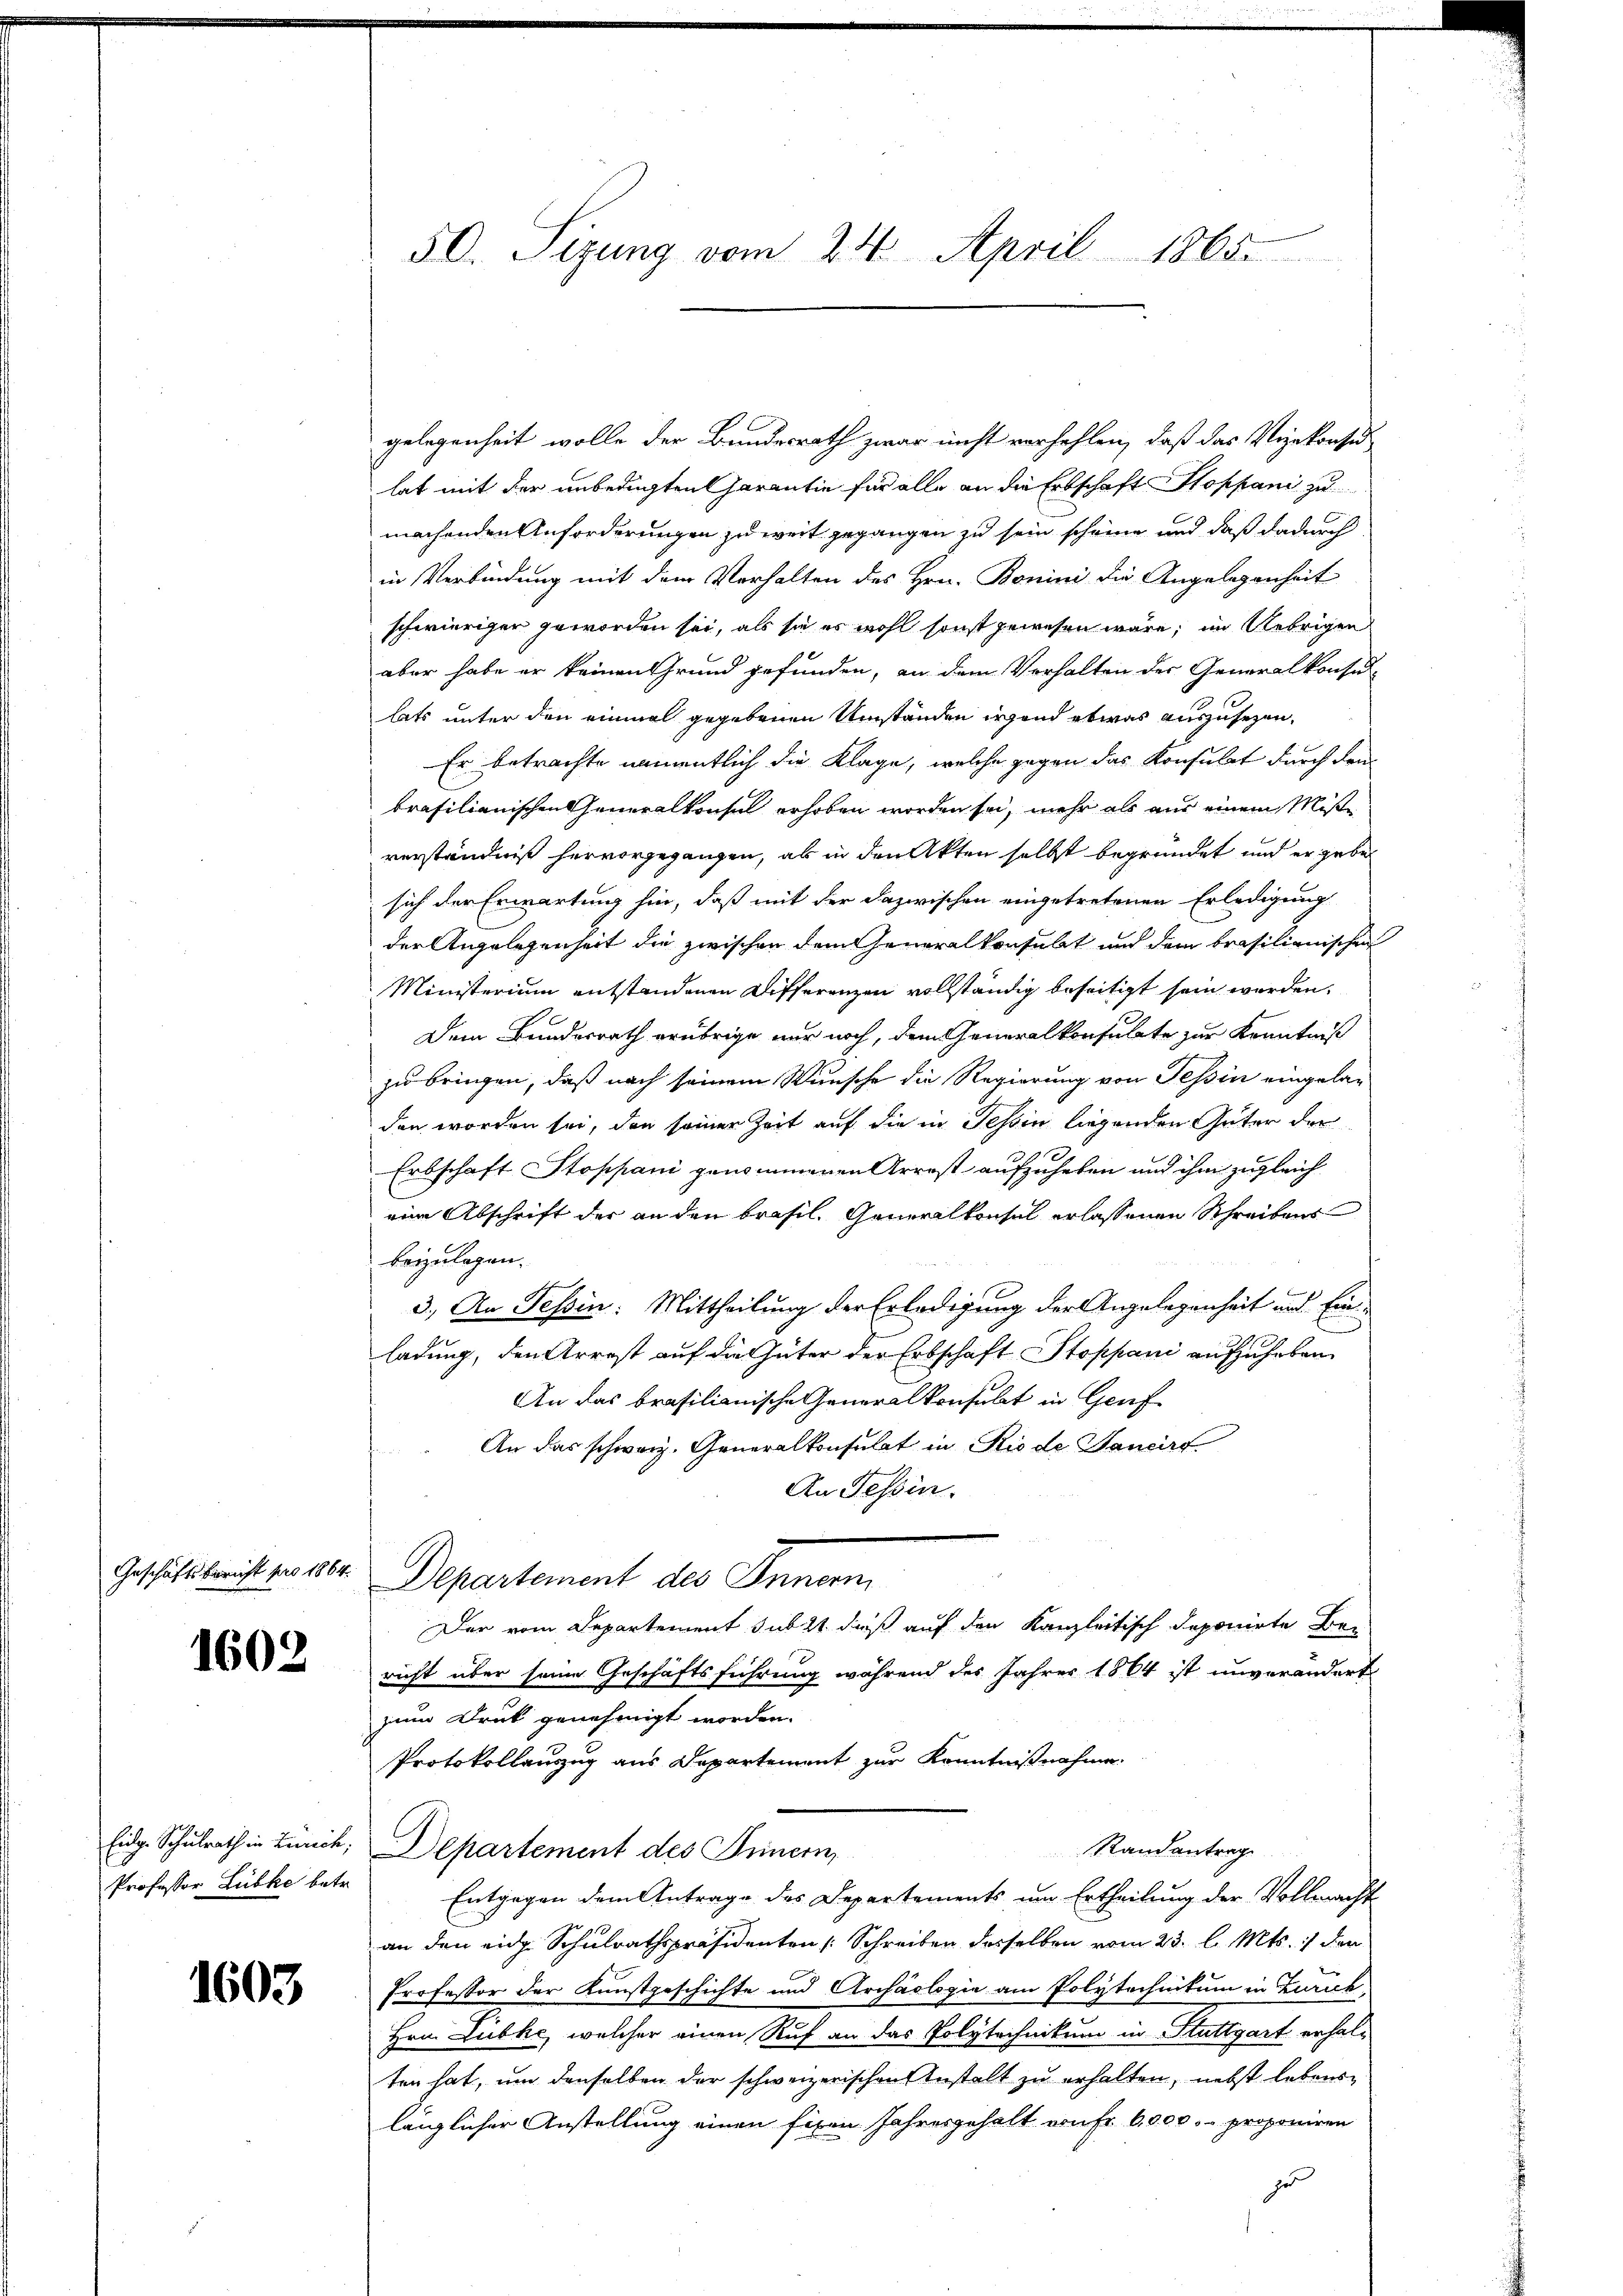
Geschäftsbericht pro 1864.

1602

Eidge Schulrath in Lenick,
Professor Lübke betr.

1603

50. Sizung vom 24. April 1865.

gelegenheit wolle der Bundesrath zwar nicht verfehlen, daß das Vizekonsid
lat mit der unbedigten Garantie für alle an die Erbschaft Hoppani zu
machenden Anforderungen zu weit gegangen zu sein scheine und daß dadurch
in Verbindung mit dem Verhalten des Hrn. Bonini die Angelegenheit
schwieriger geworden sei, als sie es wohl sonst gewesen wäre; im Uebrigen
aber habe er keinen Grund gefunden, an dem Vorhalten der Generalkonsul-
lats unter den einmal gegebenen Umständen irgend etwas auszusehen,
Er betrachte namentlich die Klage, welche gegen das Konsulat durch den
brasilianischen Generalkonsul erhoben worden sei, mehr als aus einem Miße
verständniß hervorgegangen, als in den Akten selbst begründet und er gebe
sich der Erwartung hin, daß mit der dazwischen eingetretenen Erledigung
der Angelegenheit die zwischen dem Generalkonsulat und dem brasilienischen
Ministerium entstandenen Differenzen vollständig beseitigt sein werden,
Dem Bundesrath erübrige nur noch, dem Generalkonsulate zur Kenntniß
zu bringen, daß nach seinem Wunsche die Regierung von Tessin eingelag
den worden sei, den seiner Zeit auf die in Tessin liegenden Güter der
Erbschaft Stoppani genommenen Arrest aufzuheben und ihm zugleich
eine Abschrift der an den brasil. Generalkonsul erlassenen Schreibens
beizulegen.
3. An Tessin: Mittheilung der Erledigung der Angelegenheit und Einladung, den Arrest auf die Güter der Erbschaft Stoppani aufzuheben
An das brasilienische Generalkonsulat in Genf
An das schweiz. Generalkonsulat in Rio de Sancirt
An Tessin.
Departement des Innern
Der vom Departement subst dieß auf den Kanzleitisch deponirte Ber
richt über seine Geschäftsführung während des Jahrer 1864 ist unverändert
zum Druk genehmigt worden.
Protokollanzug aus Departement zur Kenntnißnahme.
Randantrag
Departement des Innern,
Entgegen dem Antrage des Departements um Ertheilung der Vollmacht
an den eidg. Schulrathspräsidenten Schreiben desselben vom 23. l. Mts. 1 den
Professor der Kunstgeschichte und Archäologie am Polytechnikum in Zurick
Hrn. Lubke, welcher einen Ruf an das Polytechnikum in Stuttgart erhalten hat, um denselben der schweizerischen Gestalt zu erhalten, nebst lebenslänglicher Anstellung einen fixen Jahresgehalt aufr 6,000.- proponiren
zu